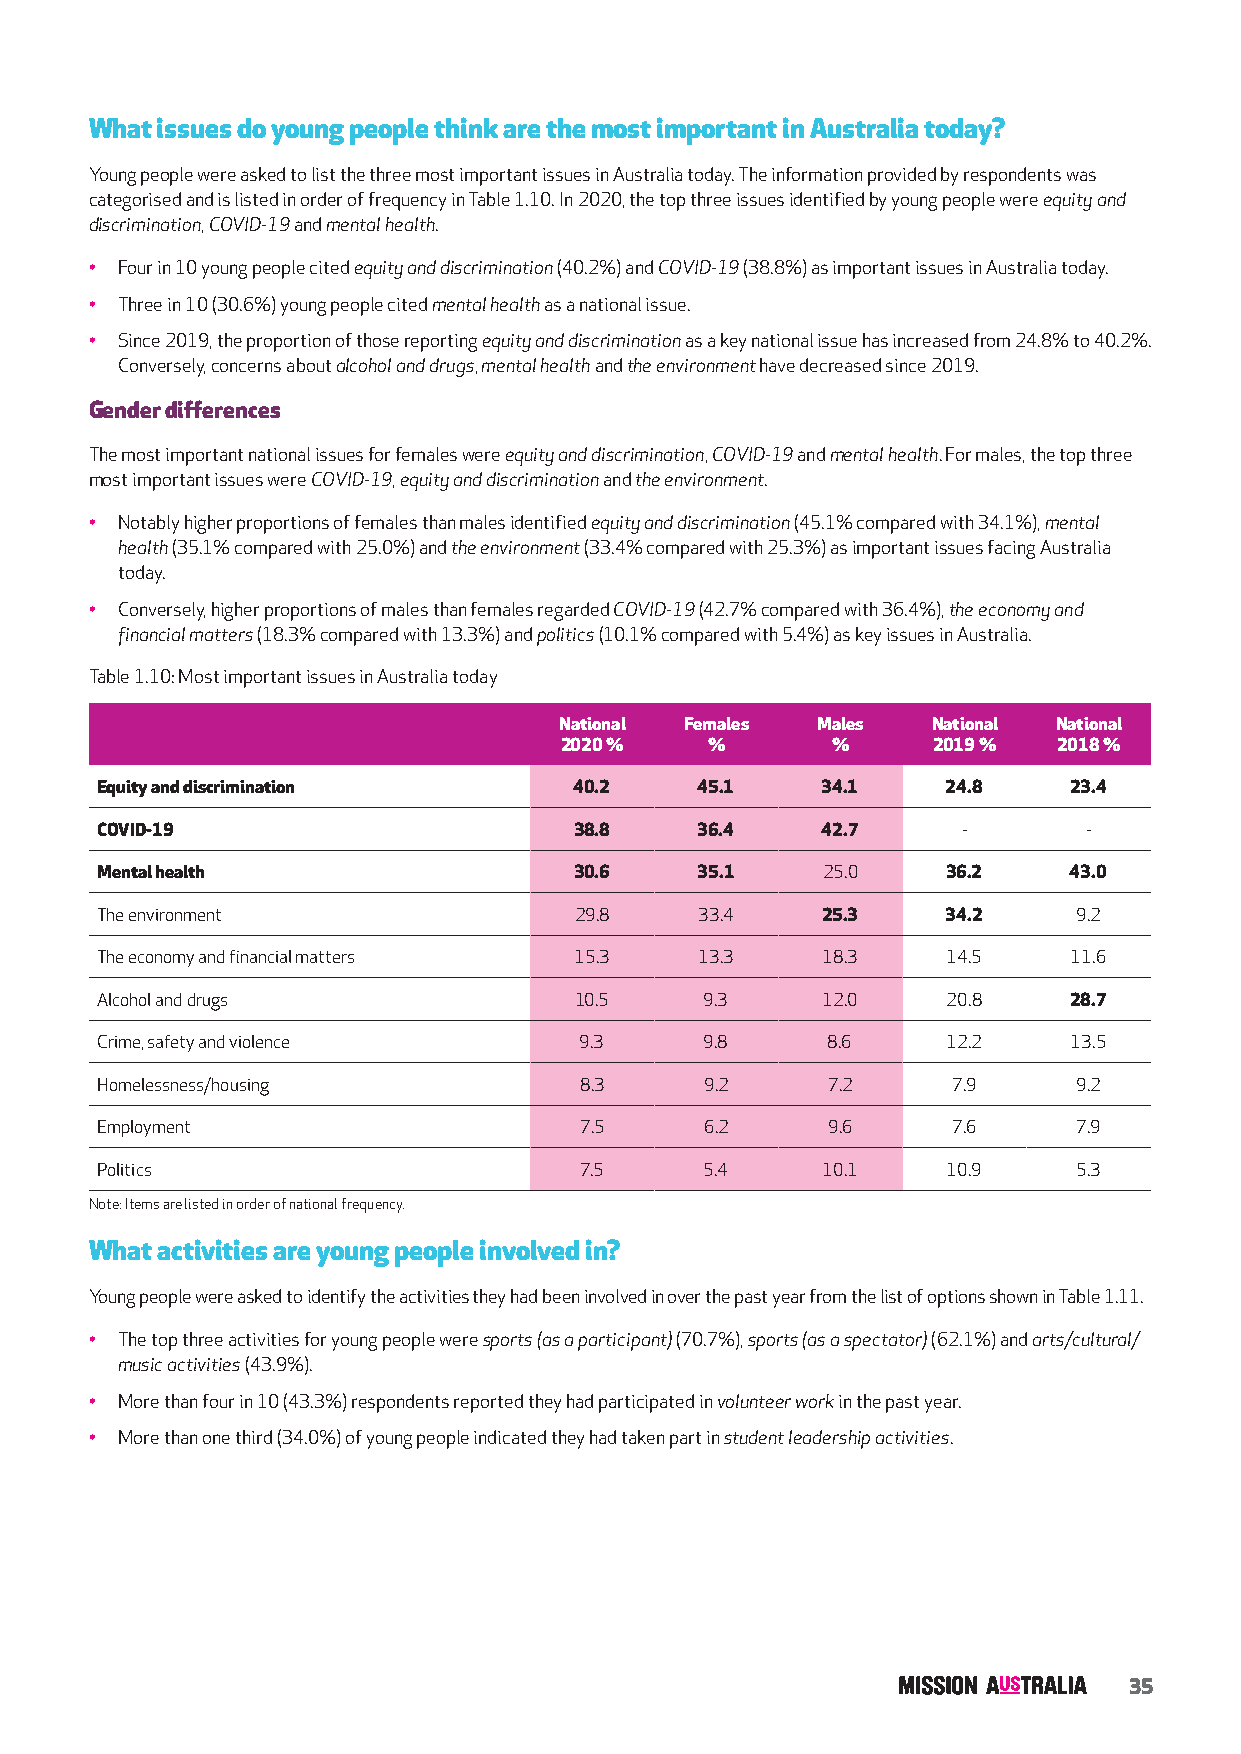
What issues do young people think are the most important in Australia today?
 Young people were asked to list the three most important issues in Australia today. The information provided by respondents was
 categorised and is listed in order of frequency in Table 1.10. In 2020, the top three issues identified by young people were equity and
 discrimination, COVID-19 and mental health.
 • Four in 10 young people cited equity and discrimination (40.2%) and COVID-19 (38.8%) as important issues in Australia today.
 • Three in 10 (30.6%) young people cited mental health as a national issue.
 • Since 2019, the proportion of those reporting equity and discrimination as a key national issue has increased from 24.8% to 40.2%.
 Conversely, concerns about alcohol and drugs, mental health and the environment have decreased since 2019.
 Gender differences
 The most important national issues for females were equity and discrimination, COVID-19 and mental health. For males, the top three
 most important issues were COVID-19, equity and discrimination and the environment.
 • Notably higher proportions of females than males identified equity and discrimination (45.1% compared with 34.1%), mental
 health (35.1% compared with 25.0%) and the environment (33.4% compared with 25.3%) as important issues facing Australia
 today.
 • Conversely, higher proportions of males than females regarded COVID-19 (42.7% compared with 36.4%), the economy and
 financial matters (18.3% compared with 13.3%) and politics (10.1% compared with 5.4%) as key issues in Australia.
 Table 1.10: Most important issues in Australia today
 National Females Males   National National
 2020 %    %       %      2019 %  2018 %
 Equity and discrimination       40.2    45.1    34.1     24.8    23.4
 COVID-19                        38.8    36.4    42.7      -       -
 Mental health                   30.6    35.1    25.0     36.2    43.0
 The environment                 29.8    33.4    25.3     34.2    9.2
 The economy and financial matters 15.3  13.3    18.3     14.5    11.6
 Alcohol and drugs               10.5     9.3    12.0     20.8    28.7
 Crime, safety and violence      9.3      9.8     8.6     12.2    13.5
 Homelessness/housing            8.3      9.2     7.2     7.9     9.2
 Employment                      7.5      6.2     9.6     7.6     7.9
 Politics                        7.5      5.4    10.1     10.9    5.3
 Note: Items are listed in order of national frequency.
 What activities are young people involved in?
 Young people were asked to identify the activities they had been involved in over the past year from the list of options shown in Table 1.11.
 • The top three activities for young people were sports (as a participant) (70.7%), sports (as a spectator) (62.1%) and arts/cultural/
 music activities (43.9%).
 • More than four in 10 (43.3%) respondents reported they had participated in volunteer work in the past year.
 • More than one third (34.0%) of young people indicated they had taken part in student leadership activities.
 35